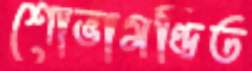
শোভামণ্ডিত